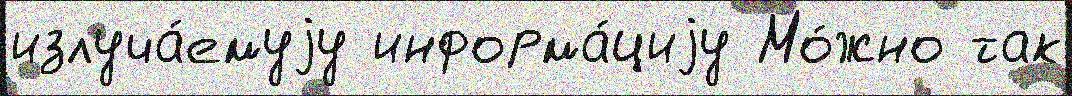
излуча́емуjу информа́циjу Мо́жно так